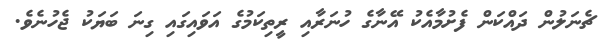
ޗެނަލުން ދައްކަން ފެށުމާއެކު އޭނާގެ ހުނަރާއި ރީތިކަމުގެ އަވައިގައި ގިނަ ބަޔަކު ޖެހުނެވެ.